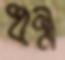
ধন্ধ